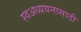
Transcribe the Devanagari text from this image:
स्वअध्ययनासाठी